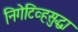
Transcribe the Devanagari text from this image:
निगेटिव्हसुद्धा